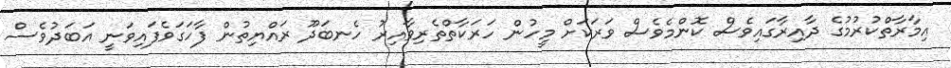
އިމާރާތްކުރުމުގެ ދާއިރާގައިވެސް ކޮންމެވެސް ވަރަކަށް މީހުން ހަރަކާތްތެރިވާއިރު ހެނބަދޫ ރައްޔިތުން ފާހަގަވެފައިވަނީ އަބަދުވެސް